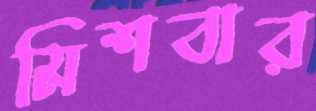
মিশবার